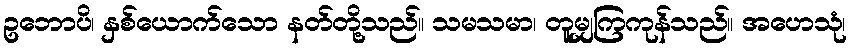
ဥဘောပိ၊ နှစ်ယောက်သော နတ်တို့သည်။ သမသမာ၊ တူမျှကြကုန်သည်။ အဟေသုံ၊